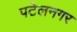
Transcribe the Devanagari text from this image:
पटेलनगर